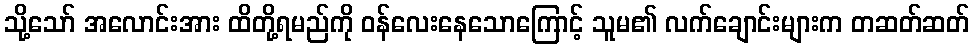
သို့သော် အလောင်းအား ထိတို့ရမည်ကို ဝန်လေးနေသောကြောင့် သူမ၏ လက်ချောင်းများက တဆတ်ဆတ်